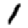
Digit: 1